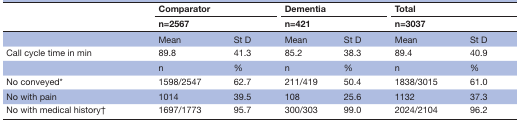
| <ROWSPAN=2>  | <COLSPAN=2> Comparator | <COLSPAN=2> Dementia | <COLSPAN=2> Total |
 | <COLSPAN=2> n=2567 | <COLSPAN=2> n=421 | <COLSPAN=2> n=3037 |
 | --- | --- | --- | --- | --- | --- | --- |
 |  | Mean | St D | Mean | St D | Mean | St D |
 | Call cycle time in min | 89.8 | 41.3 | 85.2 | 38.3 | 89.4 | 40.9 |
 |  | n | % | n | % | n | % |
 | No conveyed* | 1598/2547 | 62.7 | 211/419 | 50.4 | 1838/3015 | 61.0 |
 | No with pain | 1014 | 39.5 | 108 | 25.6 | 1132 | 37.3 |
 | No with medical history† | 1697/1773 | 95.7 | 300/303 | 99.0 | 2024/2104 | 96.2 |